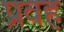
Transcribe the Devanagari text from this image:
प्रवह